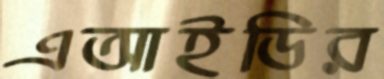
এআইডির